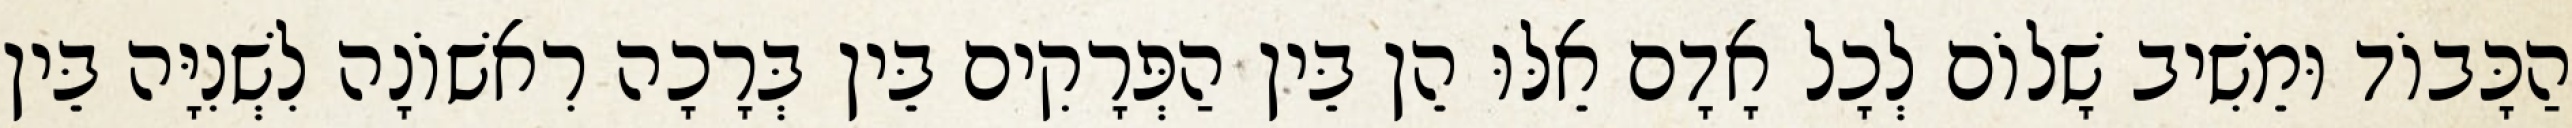
הַכָּבוֹד וּמֵשִׁיב שָׁלוֹם לְכָל אָדָם אֵלּוּ הֵן בֵּין הַפְּרָקִים בֵּין בְּרָכָה רִאשׁוֹנָה לִשְׁנִיָּה בֵּין